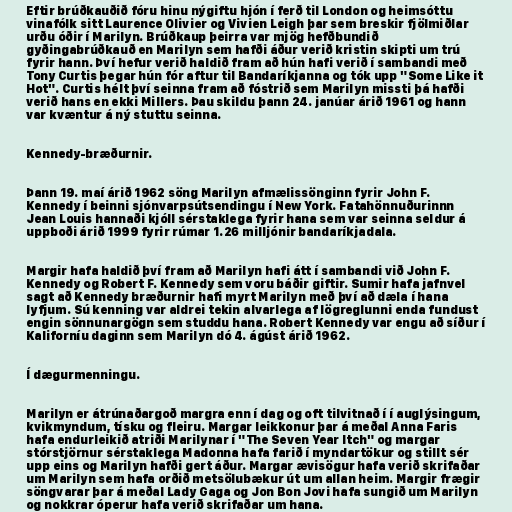
Eftir brúðkauðið fóru hinu nýgiftu hjón í ferð til London og heimsóttu
vinafólk sitt Laurence Olivier og Vivien Leigh þar sem breskir fjölmiðlar
urðu óðir í Marilyn. Brúðkaup þeirra var mjög hefðbundið
gyðingabrúðkauð en Marilyn sem hafði áður verið kristin skipti um trú
fyrir hann. Því hefur verið haldið fram að hún hafi verið í sambandi með
Tony Curtis þegar hún fór aftur til Bandaríkjanna og tók upp "Some Like it
Hot". Curtis hélt því seinna fram að fóstrið sem Marilyn missti þá hafði
verið hans en ekki Millers. Þau skildu þann 24. janúar árið 1961 og hann
var kvæntur á ný stuttu seinna.

Kennedy-bræðurnir.

Þann 19. maí árið 1962 söng Marilyn afmælissönginn fyrir John F.
Kennedy í beinni sjónvarpsútsendingu í New York. Fatahönnuðurinnn
Jean Louis hannaði kjóll sérstaklega fyrir hana sem var seinna seldur á
uppboði árið 1999 fyrir rúmar 1.26 milljónir bandaríkjadala.

Margir hafa haldið því fram að Marilyn hafi átt í sambandi við John F.
Kennedy og Robert F. Kennedy sem voru báðir giftir. Sumir hafa jafnvel
sagt að Kennedy bræðurnir hafi myrt Marilyn með því að dæla í hana
lyfjum. Sú kenning var aldrei tekin alvarlega af lögreglunni enda fundust
engin sönnunargögn sem studdu hana. Robert Kennedy var engu að síður í
Kaliforníu daginn sem Marilyn dó 4. ágúst árið 1962.

Í dægurmenningu.

Marilyn er átrúnaðargoð margra enn í dag og oft tilvitnað í í auglýsingum,
kvikmyndum, tísku og fleiru. Margar leikkonur þar á meðal Anna Faris
hafa endurleikið atriði Marilynar í "The Seven Year Itch" og margar
stórstjörnur sérstaklega Madonna hafa farið í myndartökur og stillt sér
upp eins og Marilyn hafði gert áður. Margar ævisögur hafa verið skrifaðar
um Marilyn sem hafa orðið metsölubækur út um allan heim. Margir frægir
söngvarar þar á meðal Lady Gaga og Jon Bon Jovi hafa sungið um Marilyn
og nokkrar óperur hafa verið skrifaðar um hana.